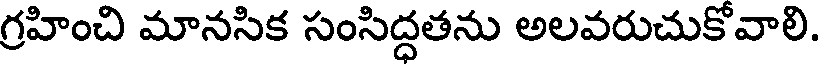
గ్రహించి మానసిక సంసిద్దతను అలవరుచుకోవాలి.